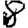
Digit: 8